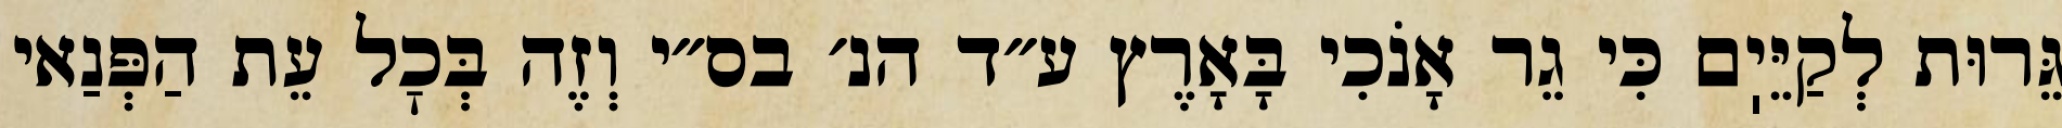
גֵּרוּת לְקַיֵּיֽם כִּי גֵר אָנֹכִי בָּאָרֶץ ע״ד הנ׳ בס״י וְזֶה בְּכׇל עֵת הַפְּנַאי